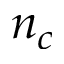
n _ { c }